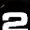
Digit: 2